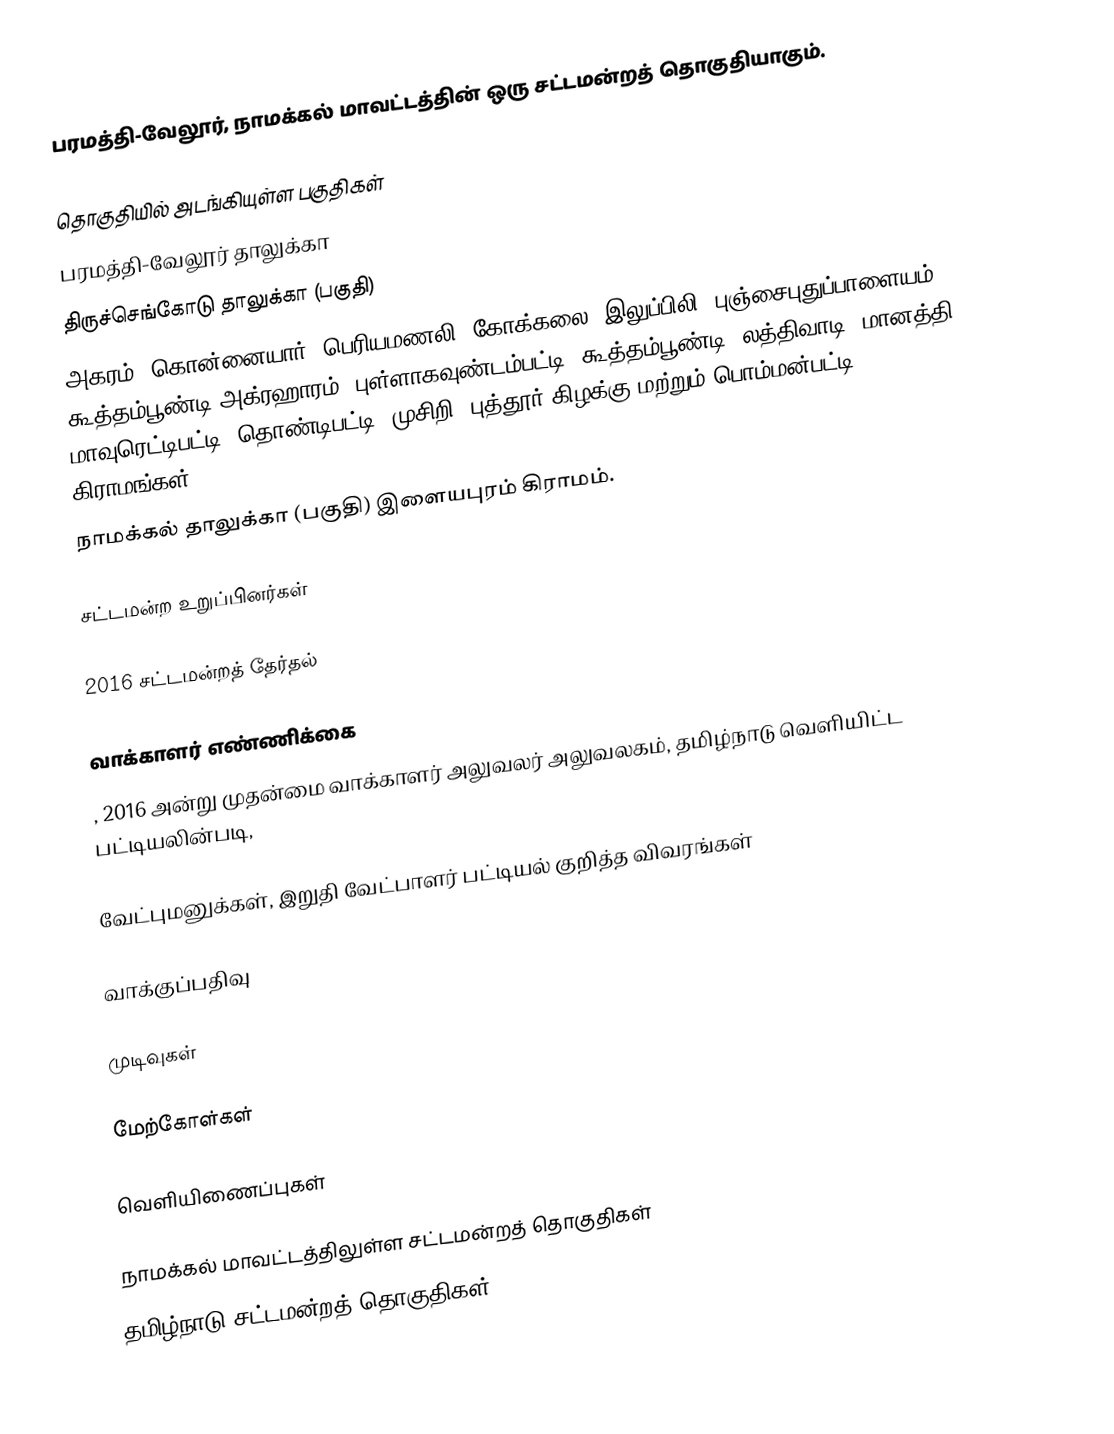
பரமத்தி-வேலூர், நாமக்கல் மாவட்டத்தின் ஒரு சட்டமன்றத் தொகுதியாகும்.

தொகுதியில் அடங்கியுள்ள பகுதிகள்
பரமத்தி-வேலூர் தாலுக்கா
திருச்செங்கோடு தாலுக்கா (பகுதி)
அகரம், கொன்னையார், பெரியமணலி, கோக்கலை, இலுப்பிலி, புஞ்சைபுதுப்பாளையம், கூத்தம்பூண்டி அக்ரஹாரம், புள்ளாகவுண்டம்பட்டி, கூத்தம்பூண்டி, லத்திவாடி, மானத்தி, மாவுரெட்டிபட்டி, தொண்டிபட்டி, முசிறி, புத்தூர் கிழக்கு மற்றும் பொம்மன்பட்டி கிராமங்கள்.
நாமக்கல் தாலுக்கா (பகுதி) இளையபுரம் கிராமம்.

சட்டமன்ற உறுப்பினர்கள்

2016 சட்டமன்றத் தேர்தல்

வாக்காளர் எண்ணிக்கை
, 2016 அன்று முதன்மை வாக்காளர் அலுவலர் அலுவலகம், தமிழ்நாடு வெளியிட்ட பட்டியலின்படி,

வேட்புமனுக்கள், இறுதி வேட்பாளர் பட்டியல் குறித்த விவரங்கள்

வாக்குப்பதிவு

முடிவுகள்

மேற்கோள்கள்

வெளியிணைப்புகள்

நாமக்கல் மாவட்டத்திலுள்ள சட்டமன்றத் தொகுதிகள்
தமிழ்நாடு சட்டமன்றத் தொகுதிகள்